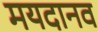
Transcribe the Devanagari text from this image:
मयदानव